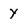
Character: Y